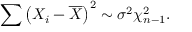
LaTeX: \sum \left( X _ { i } - { \overline { { X } } } \right) ^ { 2 } \sim \sigma ^ { 2 } \chi _ { n - 1 } ^ { 2 } .